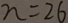
n = 2 6